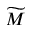
\widetilde { M }